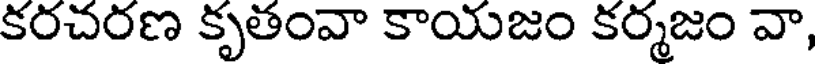
కరచరణ కృతంవా కాయజం కర్మజం వా,